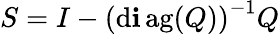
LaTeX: S=I-\left(\operatorname{d\mathbf{i}ag}(Q)\right)^{-1}Q